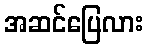
အဆင်ပြေလား